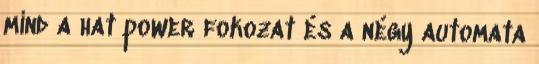
mind a hat power fokozat és a négy automata